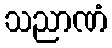
သညာဏံ